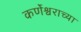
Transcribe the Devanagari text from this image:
कर्णेश्वराच्या